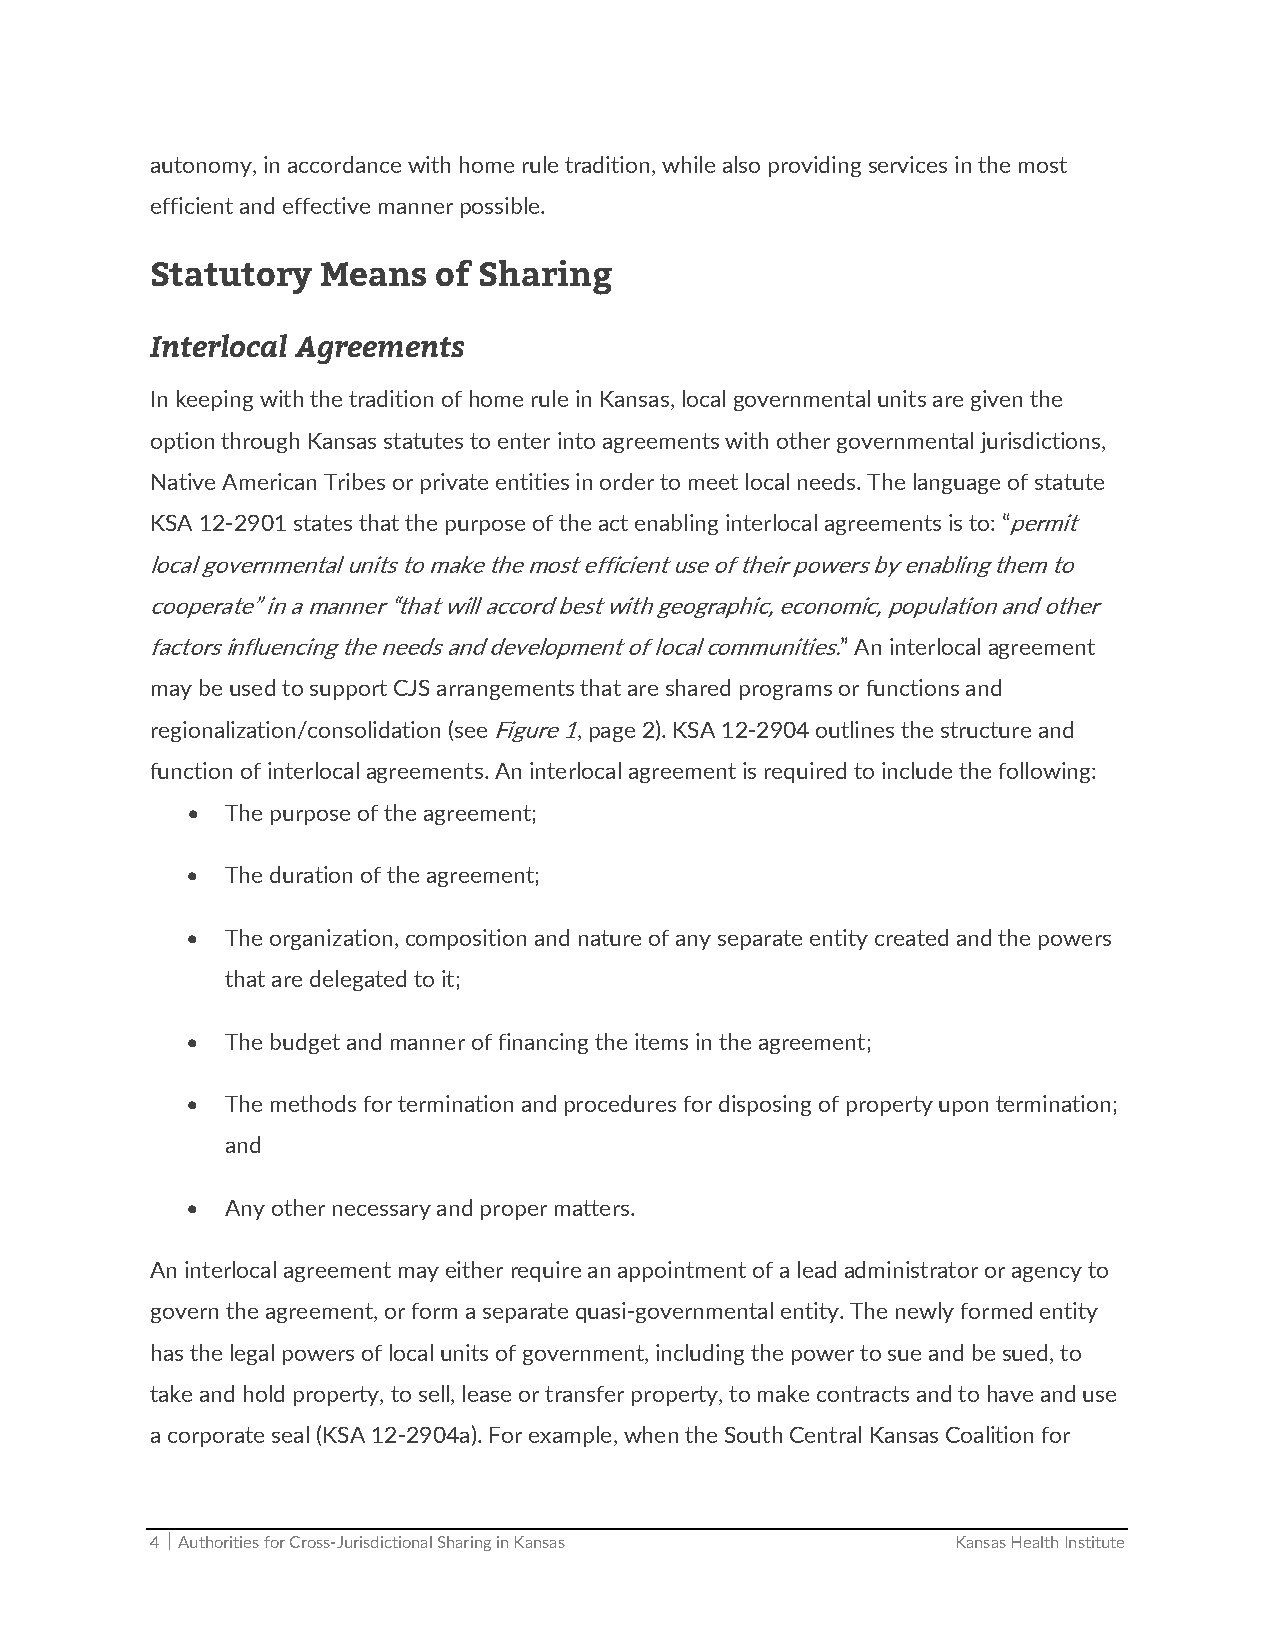
autonomy, in accordance with home rule tradition, while also providing services in the most
 efficient and effective manner possible.
 Statutory  Means   of Sharing
 Interlocal Agreements
 In keeping with the tradition of home rule in Kansas, local governmental units are given the
 option through Kansas statutes to enter into agreements with other governmental jurisdictions,
 Native American Tribes or private entities in order to meet local needs. The language of statute
 KSA 12‐2901 states that the purpose of the act enabling interlocal agreements is to: “permit
 local governmental units to make the most efficient use of their powers by enabling them to
 cooperate” in a manner “that will accord best with geographic, economic, population and other
 factors influencing the needs and development of local communities.” An interlocal agreement
 may be used to support CJS arrangements that are shared programs or functions and
 regionalization/consolidation (see Figure 1, page 2). KSA 12‐2904 outlines the structure and
 function of interlocal agreements. An interlocal agreement is required to include the following:
   The purpose of the agreement;
   The duration of the agreement;
   The organization, composition and nature of any separate entity created and the powers
 that are delegated to it;
   The budget and manner of financing the items in the agreement;
   The methods for termination and procedures for disposing of property upon termination;
 and
   Any other necessary and proper matters.
 An interlocal agreement may either require an appointment of a lead administrator or agency to
 govern the agreement, or form a separate quasi‐governmental entity. The newly formed entity
 has the legal powers of local units of government, including the power to sue and be sued, to
 take and hold property, to sell, lease or transfer property, to make contracts and to have and use
 a corporate seal (KSA 12‐2904a). For example, when the South Central Kansas Coalition for
 4  Authorities for Cross‐Jurisdictional Sharing in Kansas Kansas Health Institute